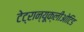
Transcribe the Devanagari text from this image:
टेट्रान्यूक्लीओटिड